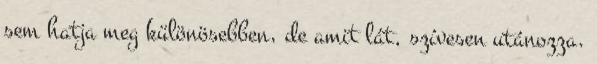
sem hatja meg különösebben, de amit lát, szívesen utánozza.